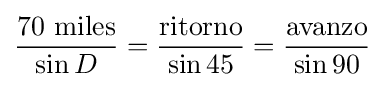
{\frac {70{\text{ miles}}}{\sin D}}={\frac {\text{ritorno}}{\sin 45}}={\frac {\text{avanzo}}{\sin 90}}